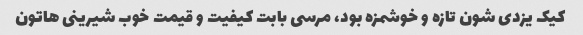
کیک یزدی شون تازه و خوشمزه بود، مرسی بابت کیفیت و قیمت خوب شیرینی هاتون